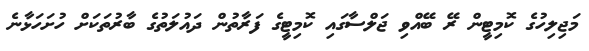
މަޖިލިހުގެ ކޮމިޓީން ރޭ ބޭއްވި ޖަލްސާގައި ކޮމިޓީގެ ފަރާތުން ދައުލަތުގެ ބާރުތަކަށް ހުށަހަޅާނެ